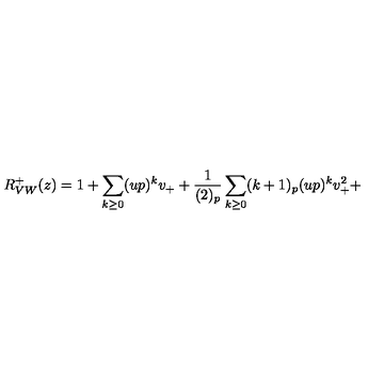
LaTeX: R _ { V W } ^ { + } ( z ) = 1 + \sum _ { k \geq 0 } ( u p ) ^ { k } v _ { + } + \frac { 1 } { ( 2 ) _ { p } } \sum _ { k \geq 0 } ( k + 1 ) _ { p } ( u p ) ^ { k } v _ { + } ^ { 2 } +